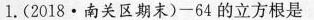
1.(2018·南关区期末)-64的立方根是